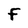
Character: f